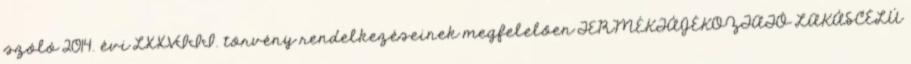
szóló 2014. évi LXXVIII. törvény rendelkezéseinek megfelelően TERMÉKTÁJÉKOZTATÓ LAKÁSCÉLÚ